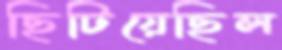
ছিটিয়েছিল